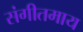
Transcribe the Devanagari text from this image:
संगीतमाय